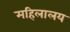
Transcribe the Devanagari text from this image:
महिलालय